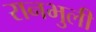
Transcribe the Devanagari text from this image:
रानभुली